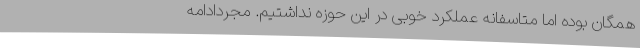
همگان بوده اما متاسفانه عملکرد خوبی در این حوزه نداشتیم. مجردادامه